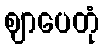
ဈာပေတုံ